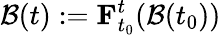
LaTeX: \mathcal{B}(t):=\mathbf{F}_{t_{0}}^{t}(\mathcal{B}(t_{0}))